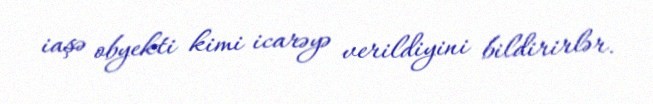
iaşə obyekti kimi icarəyə verildiyini bildirirlər.